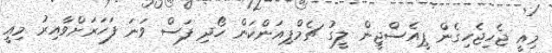
މިއީ ޖެހިޖެހިގެން ޕީއެސްޖީން ލީގު ޗެމްޕިއަންކަން ހޯދި ފަސް ވަނަ ފަހަރަށްވާއިރު މިއީ